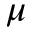
\mu